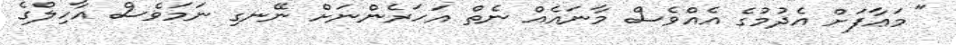
" މަޢާފަށް އެދުމުގެ އެއްވެސް މާނައެއް ނެތް އަހަރެންނަށް ނޭނގި ނަމަވެސް އާހިލްގެ